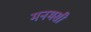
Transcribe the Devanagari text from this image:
मनमसी